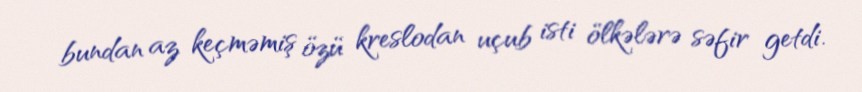
bundan az keçməmiş özü kreslodan uçub isti ölkələrə səfir getdi.